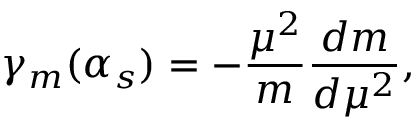
\gamma _ { m } ( \alpha _ { s } ) = - \frac { \mu ^ { 2 } } { m } \frac { d m } { d \mu ^ { 2 } } ,